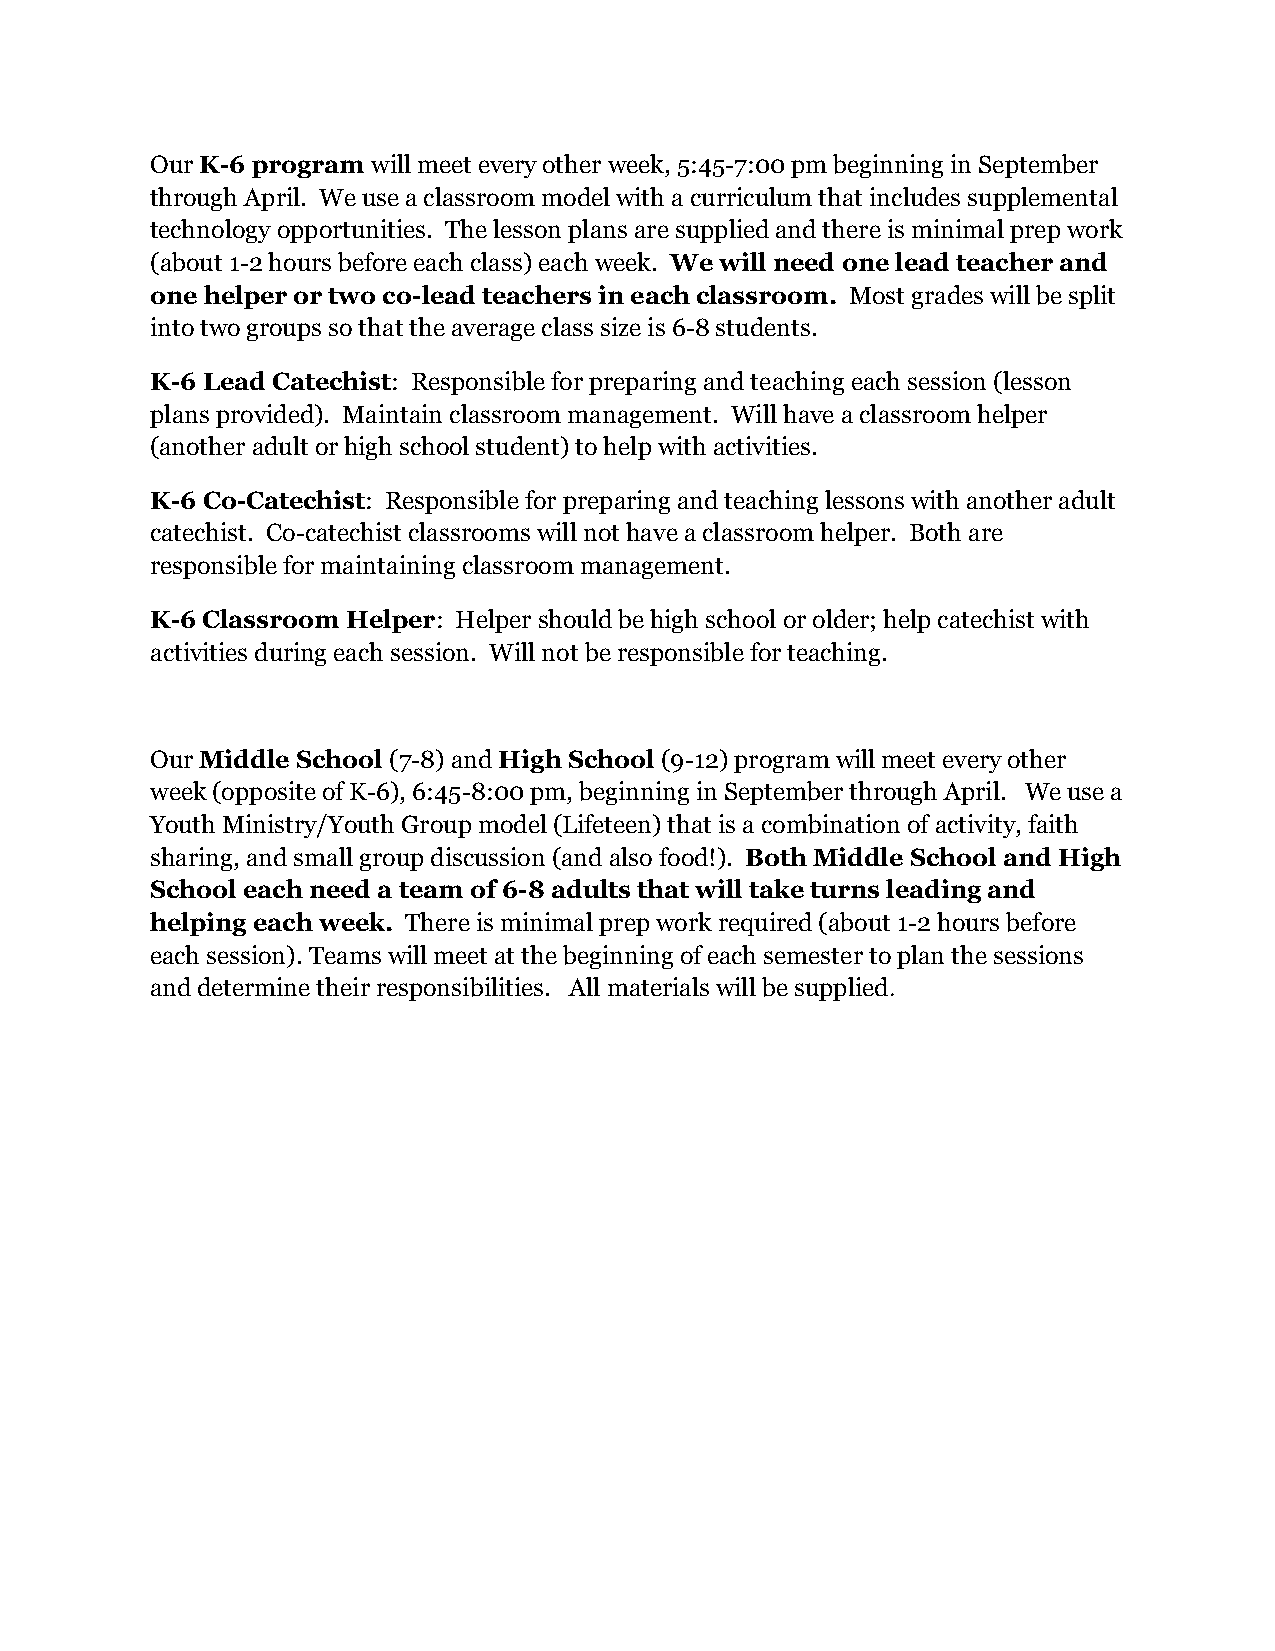
Our K-6 program will meet every other week, 5:45-7:00 pm beginning in September
 through April. We use a classroom model with a curriculum that includes supplemental
 technology opportunities. The lesson plans are supplied and there is minimal prep work
 (about 1-2 hours before each class) each week. We will need one lead teacher and
 one helper or two co-lead teachers in each classroom. Most grades will be split
 into two groups so that the average class size is 6-8 students.
 K-6 Lead Catechist: Responsible for preparing and teaching each session (lesson
 plans provided). Maintain classroom management. Will have a classroom helper
 (another adult or high school student) to help with activities.
 K-6 Co-Catechist: Responsible for preparing and teaching lessons with another adult
 catechist. Co-catechist classrooms will not have a classroom helper. Both are
 responsible for maintaining classroom management.
 K-6 Classroom Helper: Helper should be high school or older; help catechist with
 activities during each session. Will not be responsible for teaching.
 Our Middle School (7-8) and High School (9-12) program will meet every other
 week (opposite of K-6), 6:45-8:00 pm, beginning in September through April. We use a
 Youth Ministry/Youth Group model (Lifeteen) that is a combination of activity, faith
 sharing, and small group discussion (and also food!). Both Middle School and High
 School each need a team of 6-8 adults that will take turns leading and
 helping each week. There is minimal prep work required (about 1-2 hours before
 each session). Teams will meet at the beginning of each semester to plan the sessions
 and determine their responsibilities. All materials will be supplied.